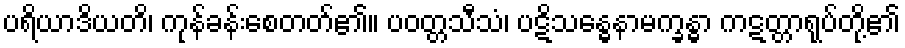
ပရိယာဒိယတိ၊ ကုန်ခန်းစေတတ်၏။ ပဝတ္တသီသံ၊ ပဋိသန္ဓေနာမက္ခန္ဓာ ကဋတ္တာရုပ်တို့၏